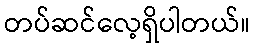
တပ်ဆင်လေ့ရှိပါတယ်။